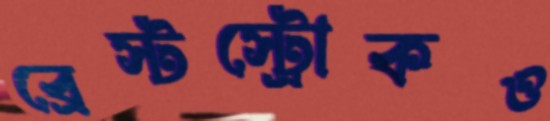
ব্রেস্টস্ট্রোকও